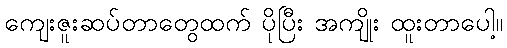
ကျေးဇူးဆပ်တာတွေထက် ပိုပြီး အကျိုး ထူးတာပေါ့။